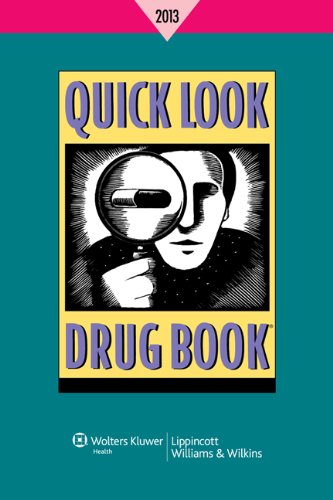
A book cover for Quick Look Drug Book 2013; Leonard L. Lance RPh  BSPharm; Medical Books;